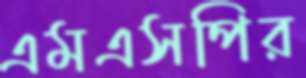
এমএসপির